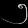
Digit: ၅